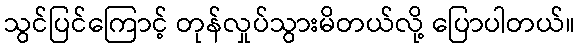
သွင်ပြင်ကြောင့် တုန်လှုပ်သွားမိတယ်လို့ ပြောပါတယ်။